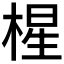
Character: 𰗼